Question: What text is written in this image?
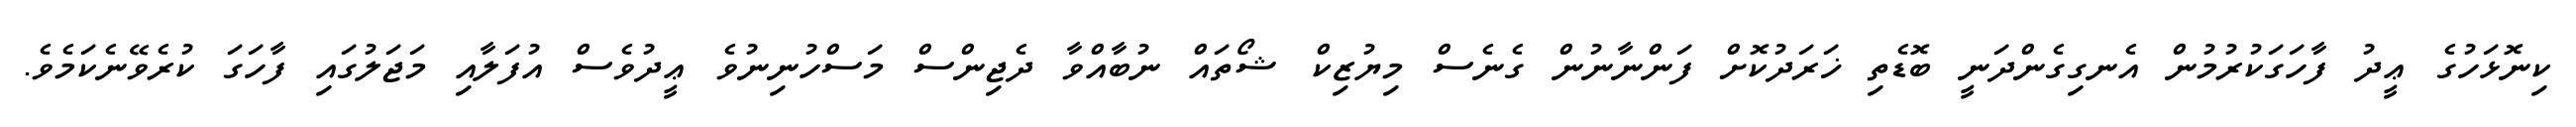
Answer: ކިނޮޅަހުގެ ޢީދު ފާހަގަކުރުމުން އެނގިގެންދަނީ ބޮޑެތި ޚަރަދުކޮށް ފަންނާނުން ގެނެސް މިޔުޒިކް ޝޯތައް ނުބާއްވާ ދެޖިންސް މަސްހުނިނުވެ ޢީދުވެސް އުފަލާއި މަޖަލުގައި ފާހަގަ ކުރެވޭނެކަމެވެ.